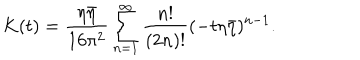
K ( t ) = \frac { \eta \bar { \eta } } { 1 6 \pi ^ { 2 } } \sum _ { n = 1 } ^ { \infty } \frac { n ! } { ( 2 n ) ! } ( - t \eta \bar { \eta } ) ^ { n - 1 } .